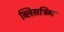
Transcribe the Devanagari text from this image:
ब्लिसट्रिंग